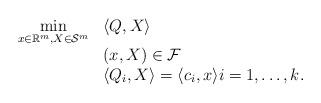
LaTeX: \begin{align*}\begin{array}{cl}\underset{x \in \mathbb{R}^{m}, X \in \mathcal{S}^{m} }{\min} & \langle Q,X \rangle \\& (x,X) \in \mathcal{F} \\& \langle Q_{i}, X \rangle = \langle c_{i} , x \rangle i = 1,\ldots,k.\end{array}\end{align*}